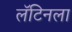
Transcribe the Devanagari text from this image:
लॅटिनला